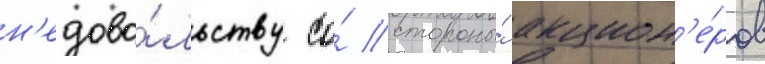
н'едово́льству со́ стороны́ акцион'е́ров